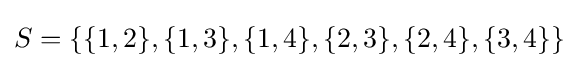
S=\left\{\{1,2\},\{1,3\},\{1,4\},\{2,3\},\{2,4\},\{3,4\}\right\}